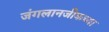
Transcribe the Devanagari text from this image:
जंगलानजीकच्या